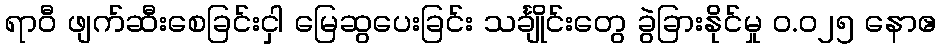
ရာဝီ ဖျက်ဆီးစေခြင်းငှါ မြေဆွပေးခြင်း သင်္ချိုင်းတွေ ခွဲခြားနိုင်မှု ၀.၀၂၅ နောဧ